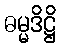
ဓမ္မဒိဋ္ဌိ